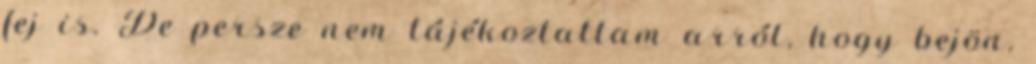
fej is. De persze nem tájékoztattam arról, hogy bejön,